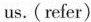
us. (refer)